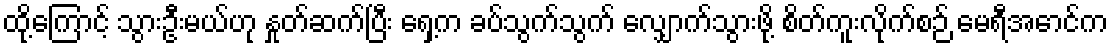
ထို့ကြောင့် သွားဦးမယ်ဟု နှုတ်ဆက်ပြီး ရှေ့က ခပ်သွက်သွက် လျှောက်သွားဖို့ စိတ်ကူးလိုက်စဉ် မေရီအောင်က